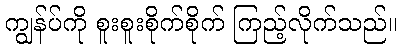
ကျွန်ပ်ကို စူးစူးစိုက်စိုက် ကြည့်လိုက်သည်။